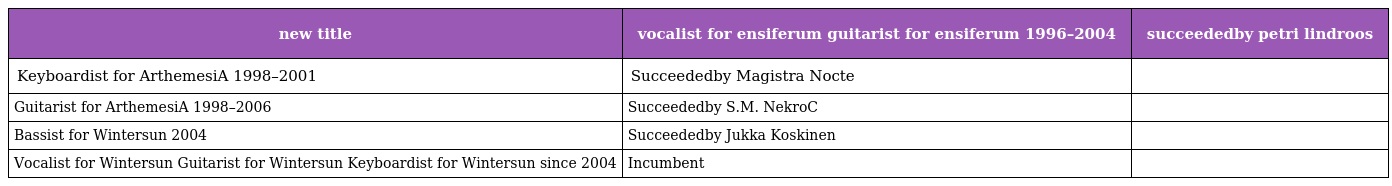
| new title | vocalist for ensiferum guitarist for ensiferum 1996–2004 | succeededby petri lindroos |
 | --- | --- | --- |
 | Keyboardist for ArthemesiA 1998–2001 | Succeededby Magistra Nocte |  |
 | Guitarist for ArthemesiA 1998–2006 | Succeededby S.M. NekroC |  |
 | Bassist for Wintersun 2004 | Succeededby Jukka Koskinen |  |
 | Vocalist for Wintersun Guitarist for Wintersun Keyboardist for Wintersun since 2004 | Incumbent |  |